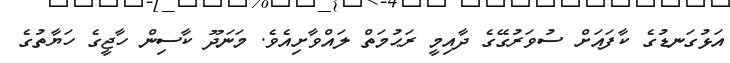
އަޅުގަނޑުގެ ކާފައަށް ސުވަރުގޭގެ ދާއިމީ ރަޙުމަތް ލައްވާށިއެވެ. މަނަދޫ ކާސިން ހާޖީގެ ހަޔާތުގެ